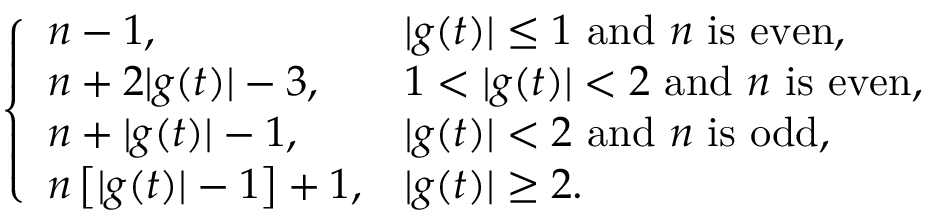
\left\{ \begin{array} { l l } { n - 1 , } & { | g ( t ) | \leq 1 ~ \mathrm { a n d } ~ n ~ \mathrm { i s } ~ \mathrm { e v e n } , } \\ { n + 2 | g ( t ) | - 3 , } & { 1 < | g ( t ) | < 2 ~ \mathrm { a n d } ~ n ~ \mathrm { i s } ~ \mathrm { e v e n } , } \\ { n + | g ( t ) | - 1 , } & { | g ( t ) | < 2 ~ \mathrm { a n d } ~ n ~ \mathrm { i s } ~ \mathrm { o d d } , } \\ { n \left[ | g ( t ) | - 1 \right] + 1 , } & { | g ( t ) | \geq 2 . } \end{array} \right.